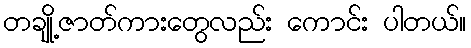
တချို့ဇာတ်ကားတွေလည်း ကောင်း ပါတယ်။